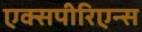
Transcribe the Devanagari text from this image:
एक्सपीरिएन्स